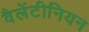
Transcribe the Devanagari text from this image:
वैलेंटीनियन